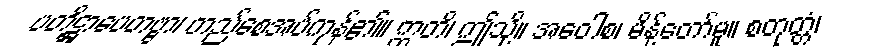
ပတိဋ္ဌာပေတဗ္ဗာ၊ တည်စေအပ်ကုန်၏။ ဣတိ၊ ဤသို့။ အဝေါစ၊ မိန့်တော်မူ။ စတုတ္တံ၊